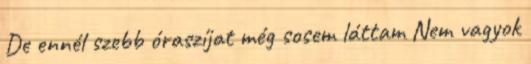
De ennél szebb óraszíjat még sosem láttam Nem vagyok